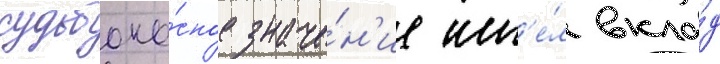
судьбоно́сное значе́н'ие им'е́л вкла́д